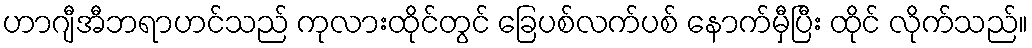
ဟာဂျီအီဘရာဟင်သည် ကုလားထိုင်တွင် ခြေပစ်လက်ပစ် နောက်မှီပြီး ထိုင် လိုက်သည်။